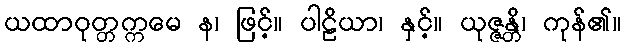
ယထာဝုတ္တက္ကမေ န၊ ဖြင့်။ ပါဠိယာ၊ နှင့်။ ယုဇ္ဇန္တိ၊ ကုန်၏။